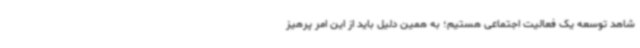
شاهد توسعه یک فعالیت اجتماعی هستیم؛ به همین دلیل باید از این امر پرهیز